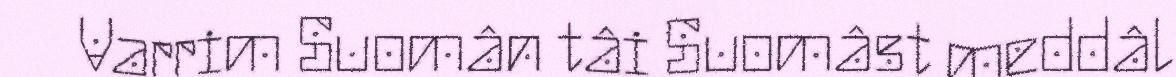
Varrim Suomân tâi Suomâst meddâl